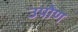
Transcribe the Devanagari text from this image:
उपोण